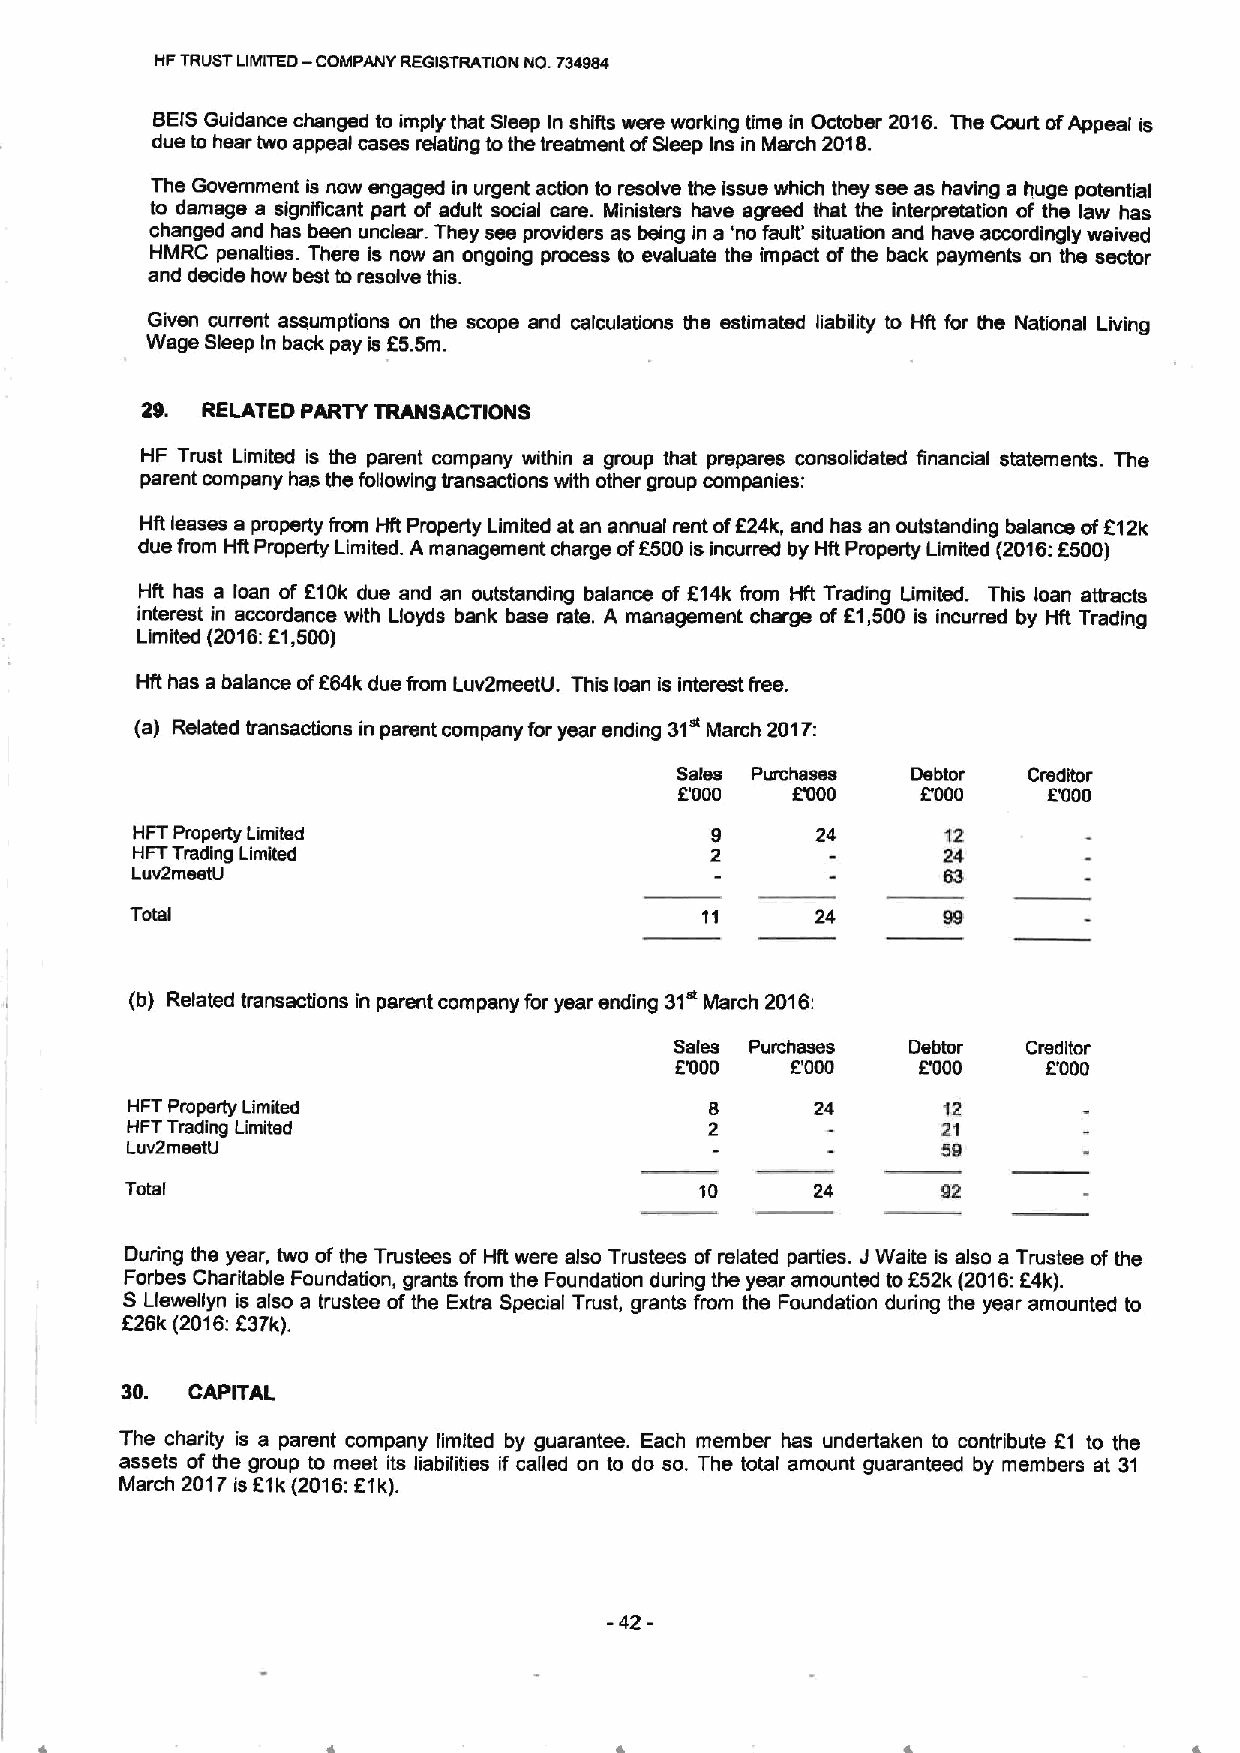
—
 HFTRUSTLIMITED COMPANY REGISTRATION NO. 734984
 BEISGuidance changed to imply that Sleep In shifts were working time in October 2016. The Court ofAppeal is
 due to hear two appeal cases relating tothe treatment ofSleep Ins in March 2018.
 The Government is now engaged in urgent action to resolve the issue which they see as having a huge potential
 to damage a significant part of adult social care. Ministers have agreed that the interpretation of the law has
 changed and has been unclear. They see providers as being in a 'no fault' situation and have accordingly waived
 HMRC penalties. There is now an ongoing process to evaluate the impact of the back payments on the sector
 and decide how best toresolve this.
 Given current assumptions on the scope and calculations the estimated liability to Idt for the National Living
 Wage Sleep In back pay is f5.5m.
 29. RELATED PARTY TRANSACTIONS
 HF Trust Limited is the parent company within a group that prepares consolidated financial statements. The
 parent company has the following transactions with other group companies:
 HR leases a property from Hft Property Limited at an annual rent of624k, and has an outstanding balance of212k
 due from Hft Property Limited. A management charge of6500 is incurred by Hft Pmperty Limited (2016:f500)
 HR has a loan of F10k due and an outstanding balance of K14k from Hft Trading Limited. This loan attracts
 interest in accordance with Lloyds bank base rate. A management charge of 61,500 is incurred by Hft Trading
 Limited (2016:K1,500)
 Hft has a balance of664k due from Luv2meetU. This loan is interest free.
 (a) Related transactions in parent company for year ending 31" March 2017:
 Salsa Purchases Debtor Creditor
 E'000  LCOO     E'000   ETIOO
 HFT Property Limited                         24       12
 HFTTrading Limited                                   24
 Luv2msstU                                            63
 Tcisl                                        24
 (b) Related transactions in parent company for year ending 31 March 2016.'
 Sales Purchases Debtor Creditor
 ENIOO  F'000    E'000   E'000
 HFT Property Limited                          24      12
 HFTTrading Limited                                    21
 LUY2msstU                                             89
 Total                                 10      24      92
 During the year, two ofthe Trustees of Hft were also Trustees ofrelated parties. JWaits is also a Trustee of the
 Forbes Charitable Foundation, grants from the Foundation during the year amounted to652k (2016:24k).
 S Llewellyn is also a trustee ofthe Extra Special Trust, grants from the Foundation during the year amounted to
 f
 26k (2016:637k).
 30. CAPITAL
 The charity is a parent company limited by guarantee. Each member has undertaken to contribute 21 to the
 assets of the group to meet its liabilities if called on to do so. The total amount guaranteed by members at 31
 March 2017is 61k(2016:Etk).
 -42-